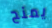
يمنح